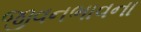
જીવનભાવના